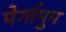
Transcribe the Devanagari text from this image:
पेर्गामुम